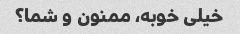
خیلی خوبه، ممنون و شما؟